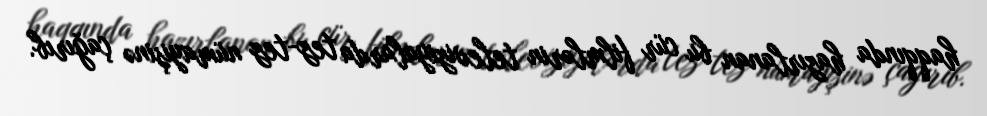
haqqında hazırlanan bu cür filmlərin televiziyalarda tez-tez nümayişinə çağırıb.